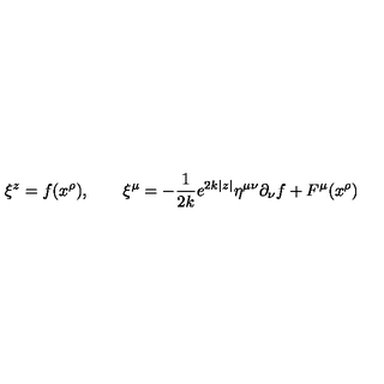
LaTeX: \xi ^ { z } = f ( x ^ { \rho } ) , \qquad \xi ^ { \mu } = - \frac { 1 } { 2 k } e ^ { 2 k | z | } \eta ^ { \mu \nu } \partial _ { \nu } f + F ^ { \mu } ( x ^ { \rho } )